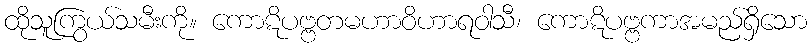
ထိုသူကြွယ်သမီးကို။ ကောဋိပဗ္ဗတမဟာဝိဟာရဝါသီ၊ ကောဋိပဗ္ဗကာအမည်ရှိသော